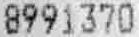
8991370